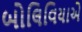
બોલિવિયાએ